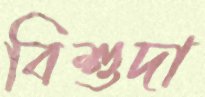
বিশুদা